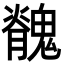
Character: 䰪